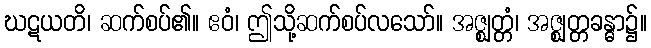
ဃဋယတိ၊ ဆက်စပ်၏။ ဧဝံ၊ ဤသို့ဆက်စပ်လသော်။ အဇ္ဈတ္တံ၊ အဇ္ဈတ္တခန္ဓာ၌။